Vaccination in Burma 1920-1933 - 1920-1933
Year: 1920
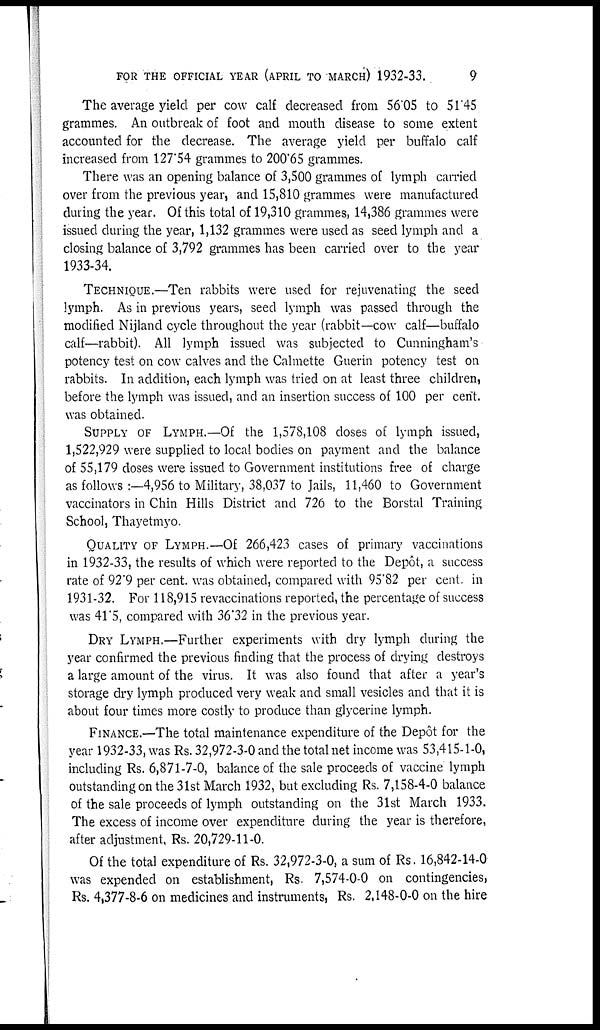
FOR THE OFFICIAL YEAR (APRIL TO MARCH) 1932-33.
9
The average yield per cow calf decreased from 56.05 to 51.45
grammes. An outbreak of foot and mouth disease to some extent
accounted for the decrease. The average yield per buffalo calf
increased from 127.54 grammes to 200.65 grammes.
There was an opening balance of 3,500 grammes of lymph carried
over from the previous year, and 15,810 grammes were manufactured
during the year. Of this total of 19,310 grammes, 14,386 grammes were
issued during the year, 1,132 grammes were used as seed lymph and a
closing balance of 3,792 grammes has been carried over to the year
1933-34.
TECHNIQUE.—Ten rabbits were used for rejuvenating the seed
lymph. As in previous years, seed lymph was passed through the
modified Nijland cycle throughout the year (rabbit—cow calf—buffalo
calf—rabbit). All lymph issued was subjected to Cunningham's
potency test on cow calves and the Calmette Guerin potency test on
rabbits. In addition, each lymph was tried on at least three children,
before the lymph was issued, and an insertion success of 100 per cent.
was obtained.
SUPPLY OF LYMPH.—Of the 1,578,108 doses of lymph issued,
1,522,929 were supplied to local bodies on payment and the balance
of 55,179 doses were issued to Government institutions free of charge
as follows :—4,956 to Military, 38,037 to Jails, 11,460 to Government
vaccinators in Chin Hills District and 726 to the Borstal Training
School, Thayetmyo.
QUALITY OF LYMPH.—Of 266,423 cases of primary vaccinations
in 1932-33, the results of which were reported to the Depôt, a success
rate of 92.9 per cent. was obtained, compared with 95.82 per cent. in
1931-32. For 118,915 revaccinations reported, the percentage of success
was 41.5, compared with 36.32 in the previous year.
DRY LYMPH.—Further experiments with dry lymph during the
year confirmed the previous finding that the process of drying destroys
a large amount of the virus. It was also found that after a year's
storage dry lymph produced very weak and small vesicles and that it is
about four times more costly to produce than glycerine lymph.
FINANCE.—The total maintenance expenditure of the Depôt for the
year 1932-33, was Rs. 32,972-3-0 and the total net income was 53,415-1-0,
including Rs. 6,871-7-0, balance of the sale proceeds of vaccine lymph
outstanding on the 31st March 1932, but excluding Rs. 7,158-4-0 balance
of the sale proceeds of lymph outstanding on the 31st March 1933.
The excess of income over expenditure during the year is therefore,
after adjustment, Rs. 20,729-11-0.
Of the total expenditure of Rs. 32,972-3-0, a sum of Rs. 16,842-14-0
was expended on establishment, Rs. 7,574-0-0 on contingencies,
Rs. 4,377-8-6 on medicines and instruments, Rs. 2,148-0-0 on the hire